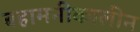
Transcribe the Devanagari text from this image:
बहामनीकालीन